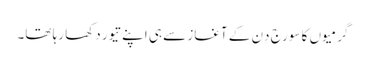
گرمیوں کا سورج دِن کے آغاز سے ہی اپنے تیور دکھا رہا تھا۔